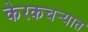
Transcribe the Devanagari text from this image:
केरकचर्‍यात